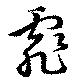
霏